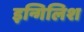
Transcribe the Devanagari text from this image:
इन्गिलिश